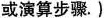
或演算步骤.)